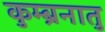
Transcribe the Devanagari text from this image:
कुम्ब्रनातु